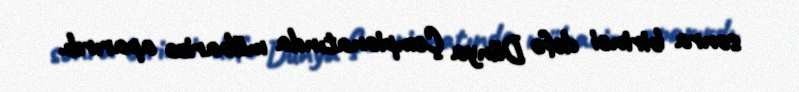
sonra birinci dəfə Dünya Çempionatında mübarizə aparırdı.